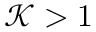
\mathcal { K } > 1